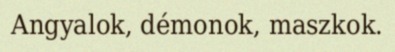
Angyalok, démonok, maszkok.